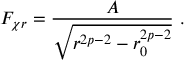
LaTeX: F _ { \chi r } = \frac { A } { \sqrt { r ^ { 2 p - 2 } - r _ { 0 } ^ { 2 p - 2 } } } \ .